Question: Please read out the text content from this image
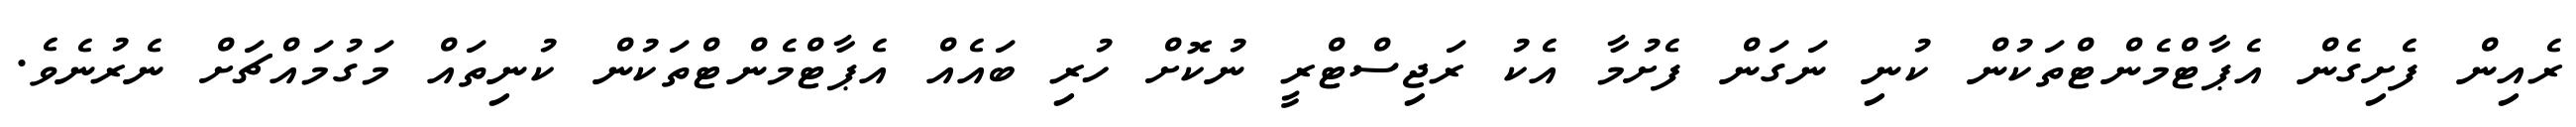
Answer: ރެއިން ފެށިގެން އެޕާޓްމެންޓްތަކުން ކުނި ނަގަން ފެށުމާ އެކު ރަޖިސްޓްރީ ނުކޮށް ހުރި ބައެއް އެޕާޓްމެންޓްތަކުން ކުނިތައް މަގުމައްޗަށް ނެރުނެވެ.